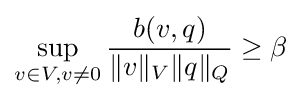
\sup _{v\in V,v\neq 0}{\frac {b(v,q)}{\|v\|_{V}\|q\|_{Q}}}\geq \beta